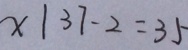
x \vert 3 7 - 2 = 3 5